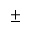
\pm